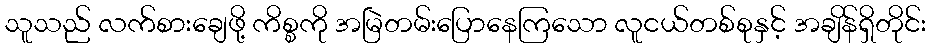
သူသည် လက်စားချေဖို့ ကိစ္စကို အမြဲတမ်းပြောနေကြသော လူငယ်တစ်စုနှင့် အချိန်ရှိတိုင်း